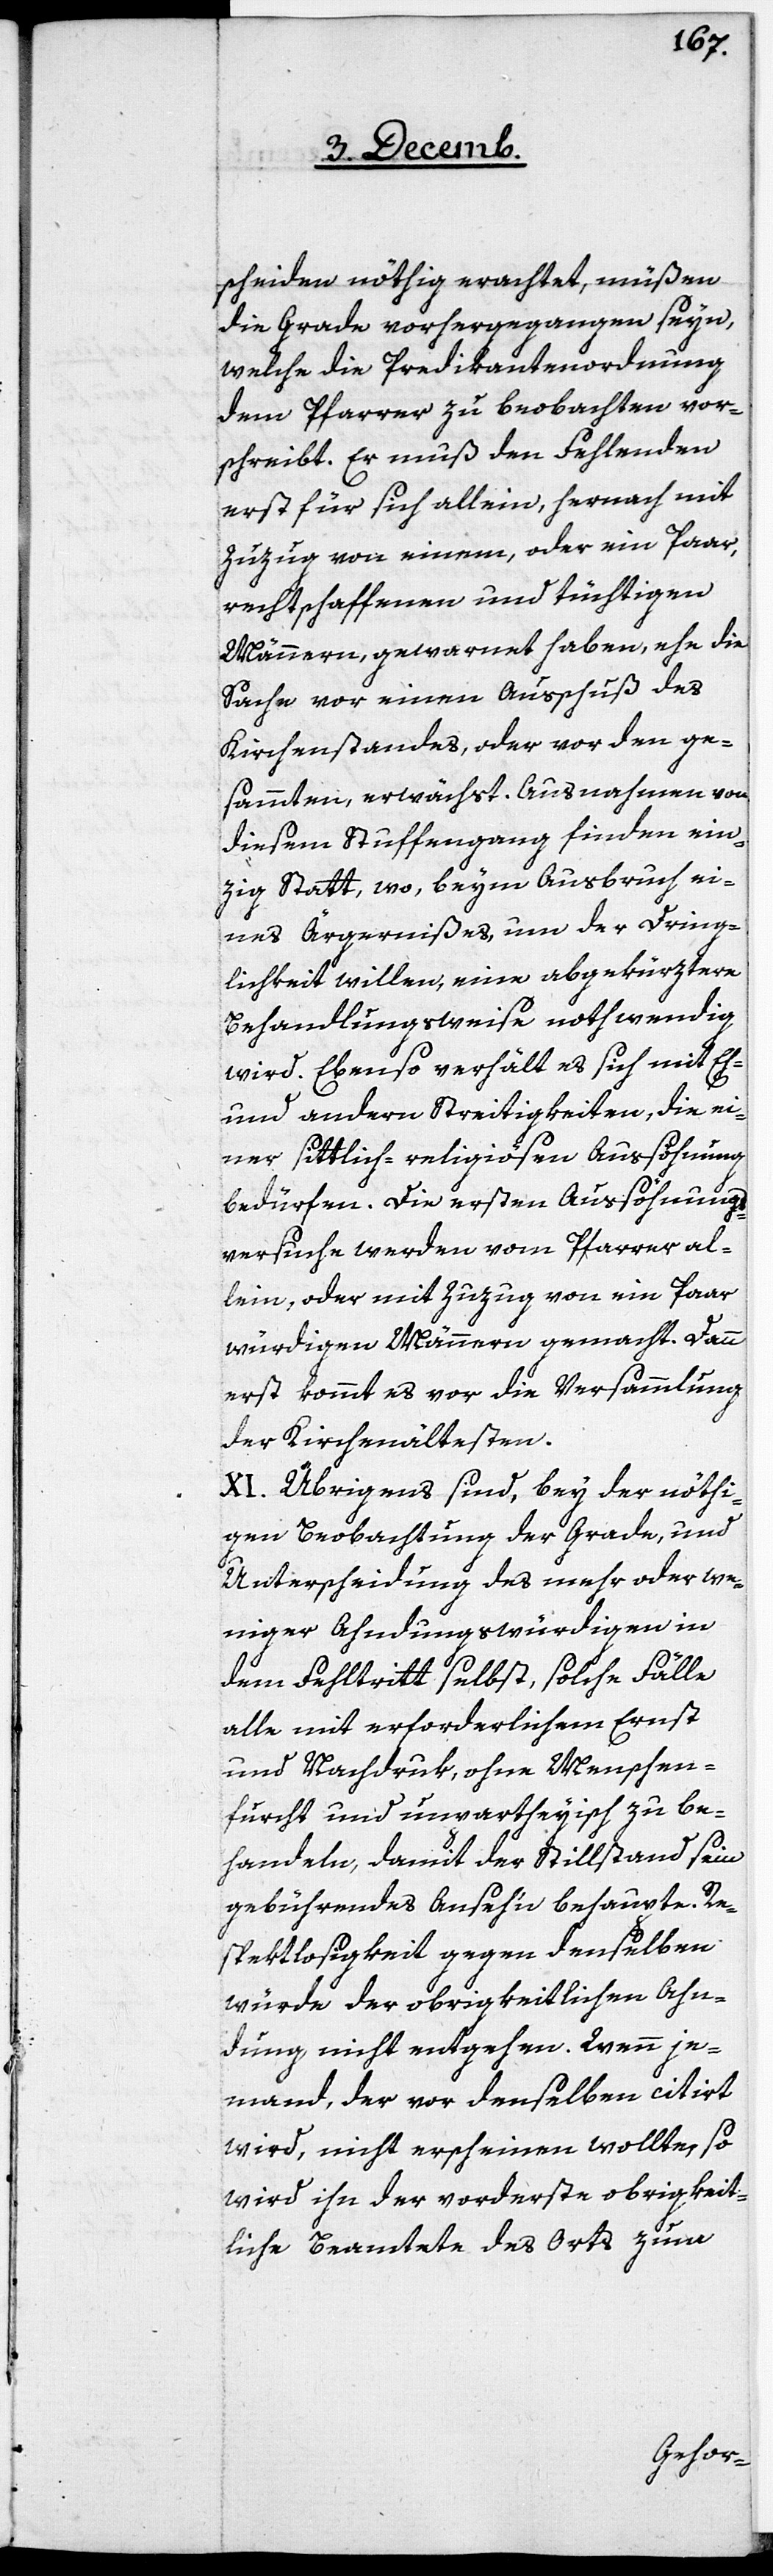
scheiden nöthig erachtet, müßen
die Grade vorhergegangen seyn,
welche die Predikantenordnung
dem Pfarrer zu beobachten vor¬
schreibt. Er muß den Fehlenden
erst für sich allein, hernach mit
Zuzug von einem, oder ein Paar,
rechtschaffenen und tüchtigen
Männern, gewarnet haben, ehe die
Sache vor einen Ausschuß des
Kirchenstandes, oder vor den ge¬
sammten, erwächst. Ausnahmen von
diesem Stuffengang finden ein¬
zig Statt, wo, beym Ausbruch ei¬
nes Ärgernißes, um der Dring¬
lichkeit willen, eine abgekürztere
Behandlungsweise nothwendig
wird. Ebenso verhält es sich mit Eh-
und andern Streitigkeiten, die ei¬
ner sittlich-religiösen Aussöhnung
bedürfen. Die ersten Aussöhnungs¬
versuche werden vom Pfarrer al¬
lein, oder mit Zuzug von ein Paar
würdigen Männern gemacht. Dann
erst kommt es vor die Versammlung
der Kirchenältesten.
XI. Übrigens sind, bey der nöthi¬
gen Beobachtung der Grade, und
Unterscheidung des mehr oder we¬
niger Ahndungswürdigen in
dem Fehltritt selbst, solche Fälle
alle mit erforderlichem Ernst
und Nachdruk, ohne Menschen¬
furcht und unpartheyisch zu be¬
handeln, damit der Stillstand sein
gebührendes Anseh’n behaupte. Re¬
spektlosigkeit gegen denselben
würde der obrigkeitlichen Ahn¬
dung nicht entgehen. Wenn je¬
mand, der vor denselben citirt
wird, nicht erscheinen wollte, so
wird ihn der vorderste obrigkeit¬
liche Beamtete des Orts zum